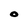
Character: O